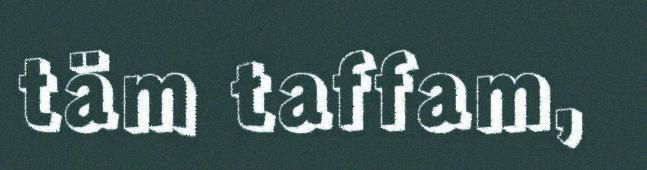
täm taffam,